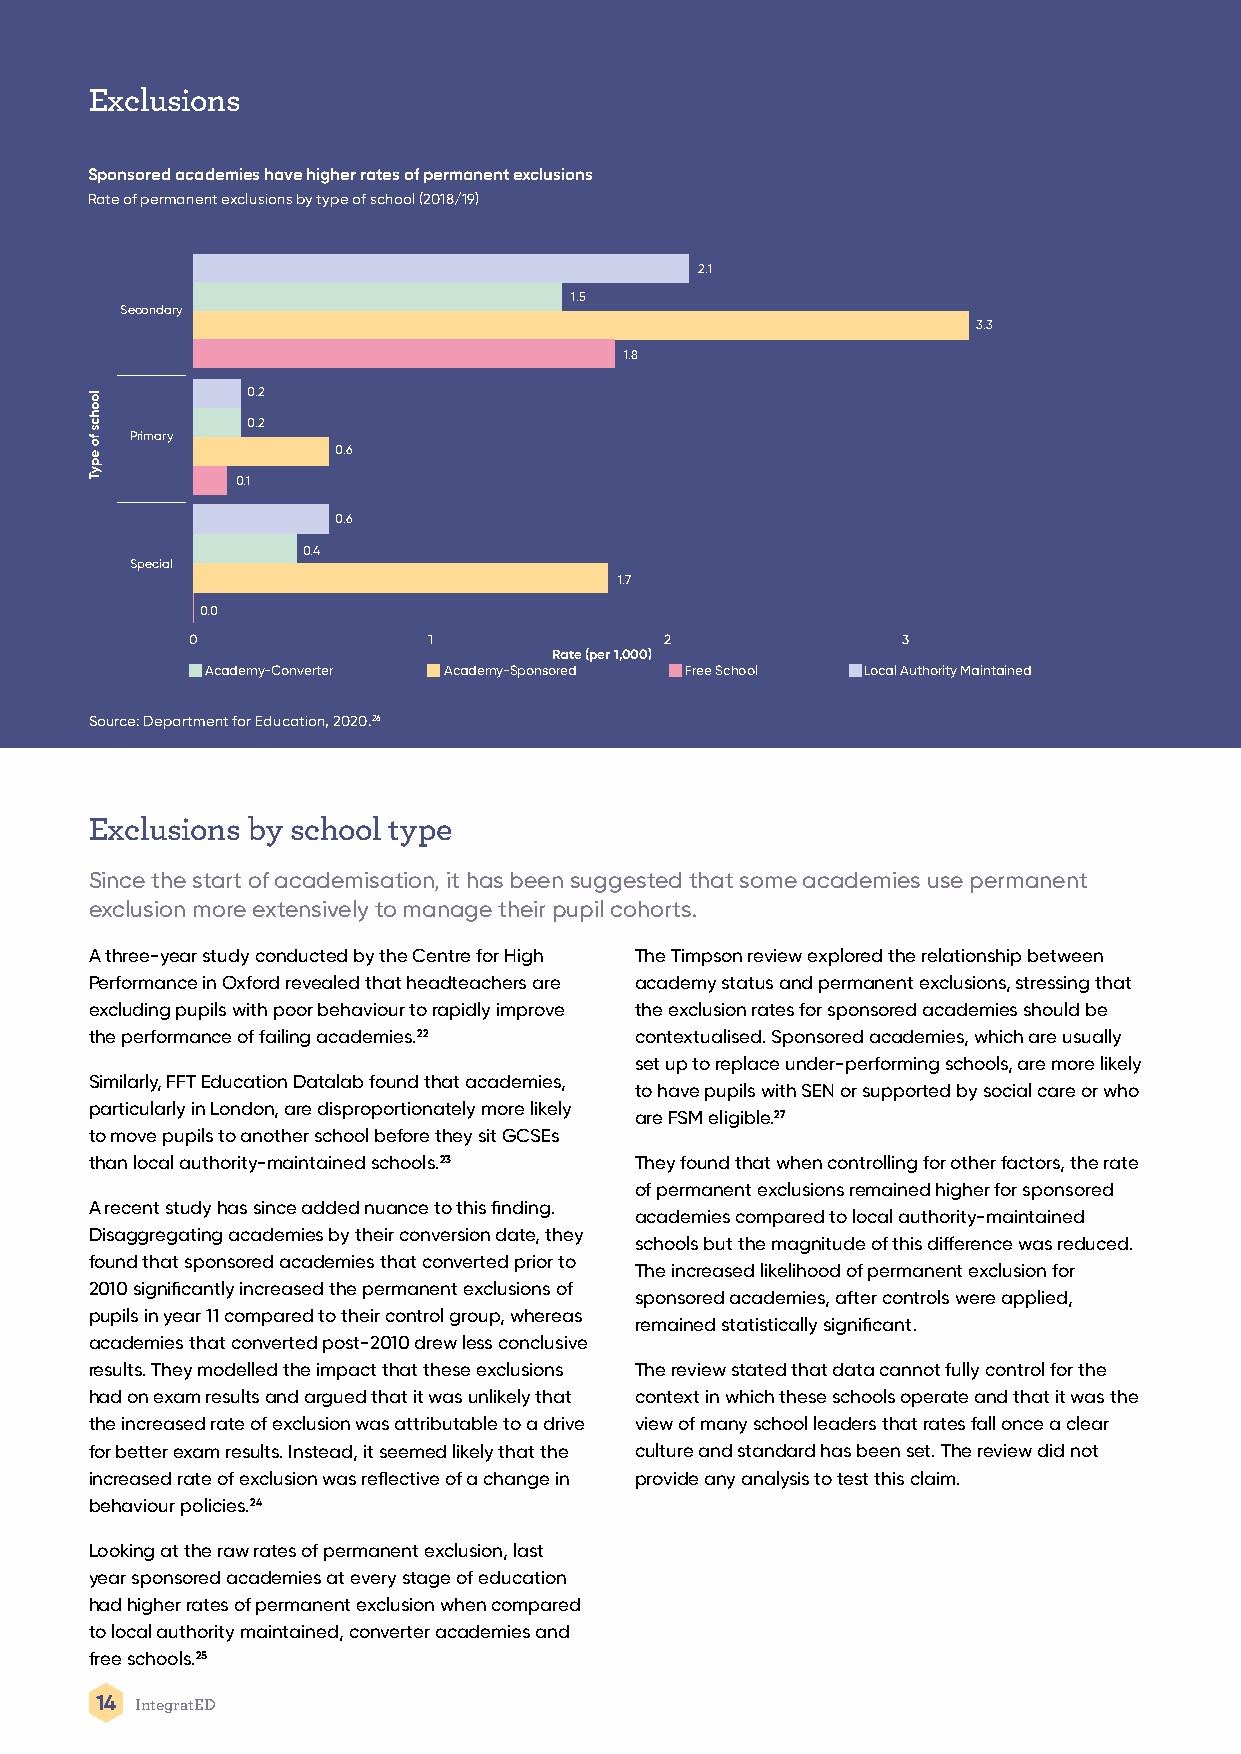
Exclusions
 Sponsored academies have higher rates of permanent exclusions
 Rate of permanent exclusions by type of school (2018/19)
 2.1
 1.5
 Secondary
 3.3
 1.8
 0.2
 0.2
 Primary
 0.6
 0.1
 0.6
 0.4
 Special
 1.7
 0.0
 0               1               2               3
 Rate (per 1,000)
 Academy-Converter Academy-Sponsored Free School Local Authority Maintained
 Source: Department for Education, 2020.26
 Exclusions by school type
 Since the start of academisation, it has been suggested that some academies use permanent
 exclusion more extensively to manage their pupil cohorts.
 A three-year study conducted by the Centre for High The Timpson review explored the relationship between
 Performance in Oxford revealed that headteachers are academy status and permanent exclusions, stressing that
 excluding pupils with poor behaviour to rapidly improve the exclusion rates for sponsored academies should be
 the performance of failing academies.22 contextualised. Sponsored academies, which are usually
 set up to replace under-performing schools, are more likely
 Similarly, FFT Education Datalab found that academies,
 to have pupils with SEN or supported by social care or who
 particularly in London, are disproportionately more likely
 are FSM eligible.27
 to move pupils to another school before they sit GCSEs
 than local authority-maintained schools.23 They found that when controlling for other factors, the rate
 of permanent exclusions remained higher for sponsored
 A recent study has since added nuance to this finding.
 academies compared to local authority-maintained
 Disaggregating academies by their conversion date, they
 schools but the magnitude of this difference was reduced.
 found that sponsored academies that converted prior to
 The increased likelihood of permanent exclusion for
 2010 significantly increased the permanent exclusions of
 sponsored academies, after controls were applied,
 pupils in year 11 compared to their control group, whereas
 remained statistically significant.
 academies that converted post-2010 drew less conclusive
 results. They modelled the impact that these exclusions The review stated that data cannot fully control for the
 had on exam results and argued that it was unlikely that context in which these schools operate and that it was the
 the increased rate of exclusion was attributable to a drive view of many school leaders that rates fall once a clear
 for better exam results. Instead, it seemed likely that the culture and standard has been set. The review did not
 increased rate of exclusion was reflective of a change in provide any analysis to test this claim.
 behaviour policies.24
 Looking at the raw rates of permanent exclusion, last
 year sponsored academies at every stage of education
 had higher rates of permanent exclusion when compared
 to local authority maintained, converter academies and
 free schools.25
 14 IntegratED